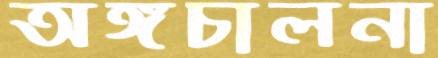
অঙ্গচালনা